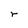
Character: r